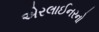
એરલાઈનરનો